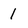
Character: 1